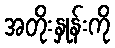
အတိုးနှုန်းကို